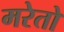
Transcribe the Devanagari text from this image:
मरेतो